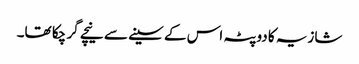
شازیہ کا دوپٹہ اس کے سینے سے نیچے گر چکا تھا۔